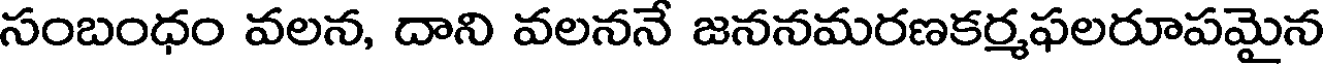
సంబంధం వలన, దాని వలననే జననమరణకర్మఫలరూపమైన